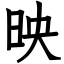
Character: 映